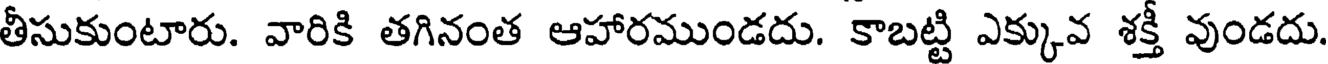
తీసుకుంటారు. వారికి తగినంత ఆహారముండదు. కాబట్టి ఎక్కువ శక్తీ వుండదు